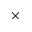
\times